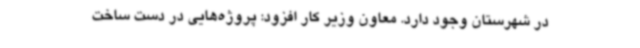
در شهرستان وجود دارد. معاون وزیر کار افزود: پروژه‌هایی در دست ساخت